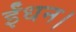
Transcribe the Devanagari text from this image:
ईंधन।